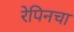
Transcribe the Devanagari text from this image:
रेपिनचा